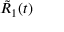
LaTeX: { \tilde { R } } _ { 1 } ( t )